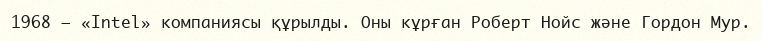
1968 — «Intel» компаниясы құрылды. Оны кұрған Роберт Нойс және Гордон Мур.